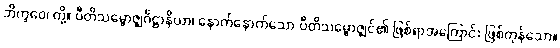
ဘိက္ခဝေ၊ တို့။ ပီတိသမ္ဗောဇ္ဈင်္ဂဋ္ဌာနိယာ၊ နောက်နောက်သော ပီတိသမ္ဗောဇ္ဈင်၏ ဖြစ်ရာအကြောင်း ဖြစ်ကုန်သော။